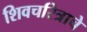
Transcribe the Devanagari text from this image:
शिवचरित्राचे